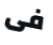
فى